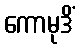
ကောမုဒိံ